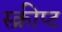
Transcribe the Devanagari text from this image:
स्क्रीप्ट